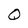
Character: O